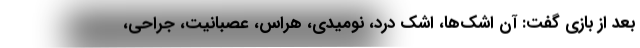
بعد از بازی گفت: آن اشک‌ها، اشک درد، نومیدی، هراس، عصبانیت، جراحی،